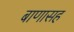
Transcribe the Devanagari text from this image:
बाणासह